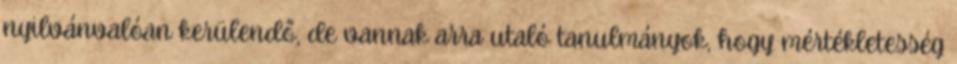
nyilvánvalóan kerülendő, de vannak arra utaló tanulmányok, hogy mértékletesség